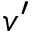
v ^ { \prime }